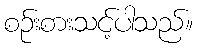
စဉ်းစားသင့်ပါသည်။